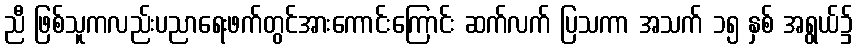
ညီ ဖြစ်သူကလည်းပညာရေးဖက်တွင်အားကောင်းကြောင်း ဆက်လက် ပြသကာ အသက် ၁၅ နှစ် အရွယ်၌